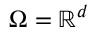
\Omega = \mathbb { R } ^ { d }